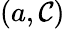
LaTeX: (a,\mathcal{C})